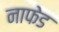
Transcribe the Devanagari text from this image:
नाफेड